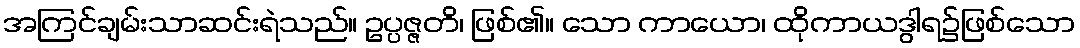
အကြင်ချမ်းသာဆင်းရဲသည်။ ဥပ္ပဇ္ဇတိ၊ ဖြစ်၏။ သော ကာယော၊ ထိုကာယဒွါရ၌ဖြစ်သော